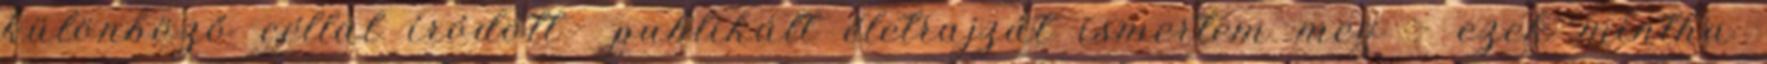
különböző céllal íródott publi­kált életrajzát ismertem meg - ezek mintha